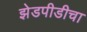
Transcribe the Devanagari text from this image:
झेडपीडीचा